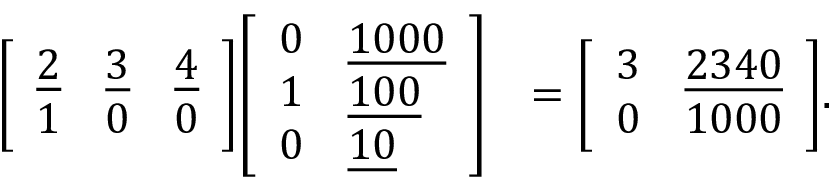
{ \begin{array} { r l } { { \left[ \begin{array} { l l l } { { \underline { { 2 } } } } & { { \underline { { 3 } } } } & { { \underline { { 4 } } } } \\ { 1 } & { 0 } & { 0 } \end{array} \right] } { \left[ \begin{array} { l l } { 0 } & { { \underline { { 1 0 0 0 } } } } \\ { 1 } & { { \underline { { 1 0 0 } } } } \\ { 0 } & { { \underline { { 1 0 } } } } \end{array} \right] } } & { = { \left[ \begin{array} { l l } { 3 } & { { \underline { { 2 3 4 0 } } } } \\ { 0 } & { 1 0 0 0 } \end{array} \right] } . } \end{array} }